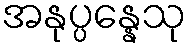
အနုပ္ပန္နေသု